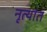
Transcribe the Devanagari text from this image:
नृत्यांत